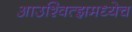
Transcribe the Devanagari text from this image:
आउश्वित्झमध्येच